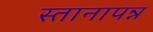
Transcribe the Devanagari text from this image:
स्तानापन्न